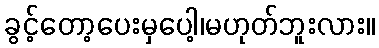
ခွင့်တော့ပေးမှပေါ့၊မဟုတ်ဘူးလား။